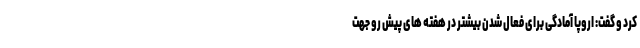
کرد و گفت: اروپا آمادگی برای فعال شدن بیشتر در هفته های پیش رو جهت